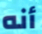
أنه